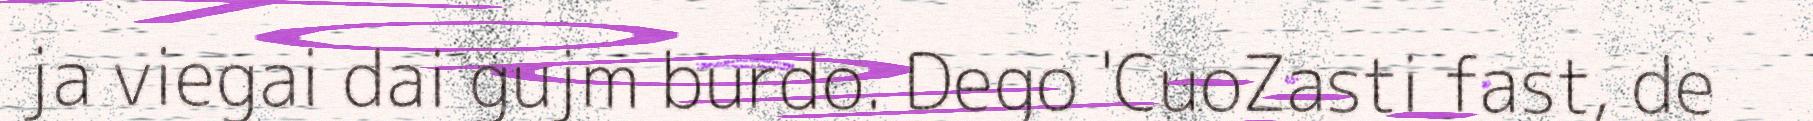
ja viegai dai gujm burdo. Dego 'CuoZasti fast, de